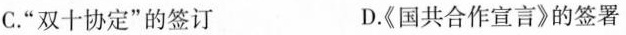
C.”双十协定”的签订 D.《国共合作宣言》的签署